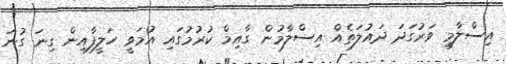
އިސްލާމީ ވަރުގަދަ ދައުލަތެއް އިސްލާމުން ގާއިމް ކުރުމުގައި އުމަވީ ހަލީފާއިން ގިނަ ގުނަ